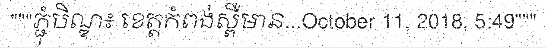
"""ភ្ជុំបិណ្ឌ៖ ខេត្តកំពង់ស្ពឺមាន...October 11, 2018, 5:49"""